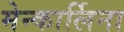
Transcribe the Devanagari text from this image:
मेन्कार्लिना